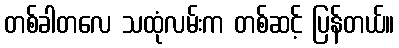
တစ်ခါတလေ သထုံလမ်းက တစ်ဆင့် ပြန်တယ်။